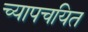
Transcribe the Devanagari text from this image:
च्यापचयित